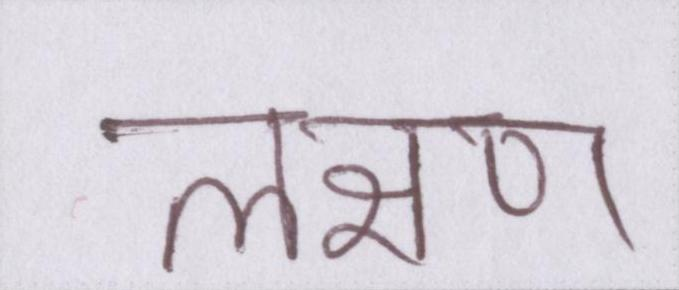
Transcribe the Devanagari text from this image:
लक्षण